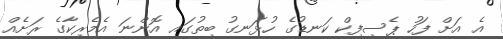
އެ އަށް ފަހު ޕެސިފިކް ކަނޑުގެ ހުޅަނގު ބިތުގައި އޮންނަ އެމެރިކާގެ ރަށެއް